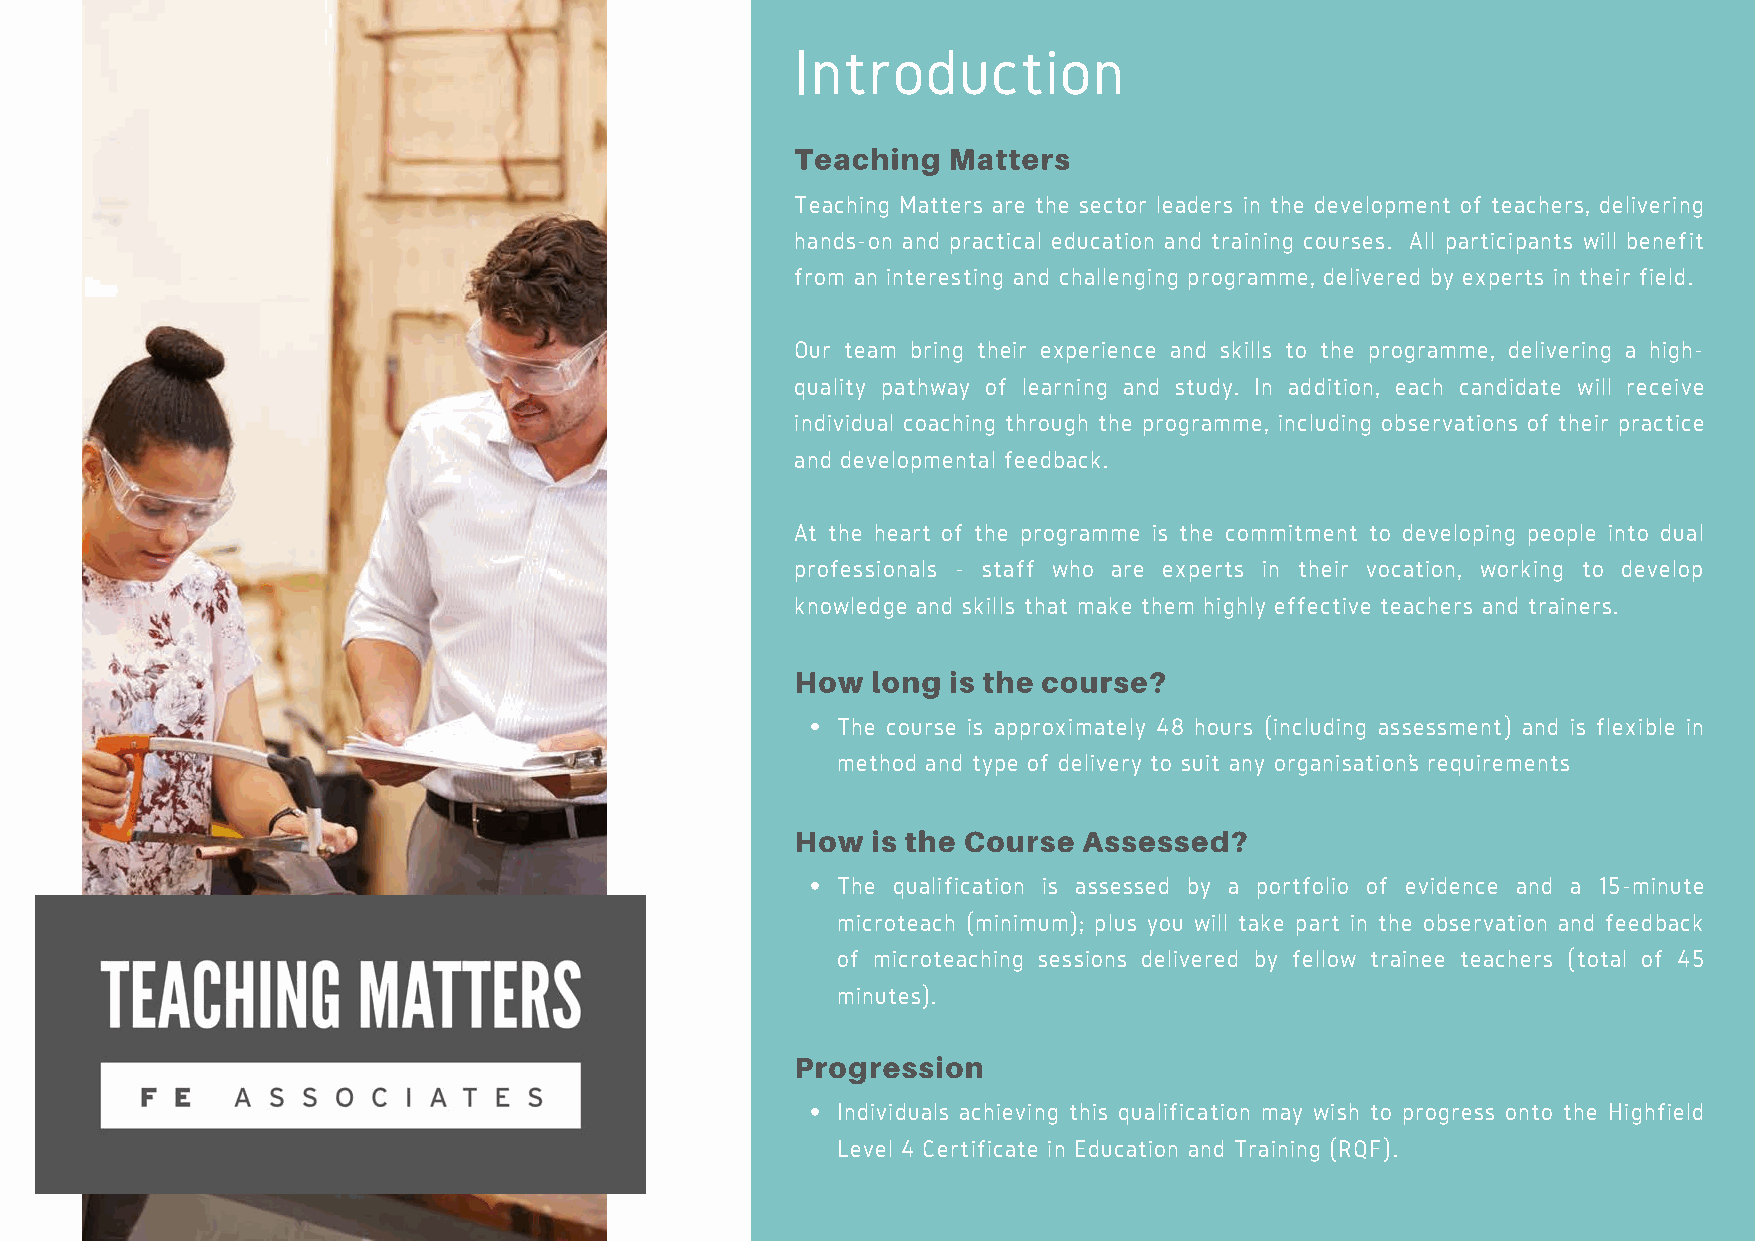
Introduction
 Teaching  Matters
 Teaching Matters are the sector leaders in the development of teachers, delivering
 hands-on and practical education and training courses. All participants will benefit
 from an interesting and challenging programme, delivered by experts in their field.
 Our team bring their experience and skills to the programme, delivering a high-
 quality pathway of learning and study. In addition, each candidate will receive
 individual coaching through the programme, including observations of their practice
 and developmental feedback.
 At the heart of the programme is the commitment to developing people into dual
 professionals - staff who are experts in their vocation, working to develop
 knowledge and skills that make them highly effective teachers and trainers.
 How  long is the course?
 The course is approximately 48 hours (including assessment) and is flexible in
 method and type of delivery to suit any organisation’s requirements
 How  is the Course Assessed?
 The qualification is assessed by a portfolio of evidence and a 15-minute
 microteach (minimum); plus you will take part in the observation and feedback
 of microteaching sessions delivered by fellow trainee teachers (total of 45
 minutes).
 Progression
 Individuals achieving this qualification may wish to progress onto the Highfield
 Level 4 Certificate in Education and Training (RQF).